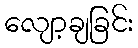
လျော့ချခြင်း